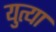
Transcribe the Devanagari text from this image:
युत्या